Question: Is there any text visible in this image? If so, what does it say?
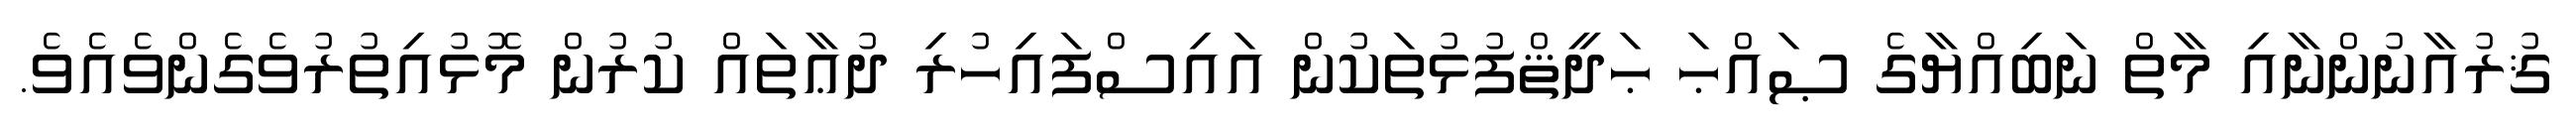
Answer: ޤުރުއާނުންނާއި މާތް ނަބިއްޔާގެ ޞައްޙަ ޙަދީޘްފުޅުތަކުން އައިސްފައިހުރި ދުޢާތައް ކުރުން މޮޅުއިތުރުވެގެންވެއެވެ.